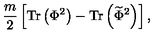
{ \frac { m } { 2 } } \left[ \mathrm { T r } \left( \Phi ^ { 2 } \right) - \mathrm { T r } \left( { \widetilde \Phi } ^ { 2 } \right) \right] ,